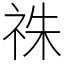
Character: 祩